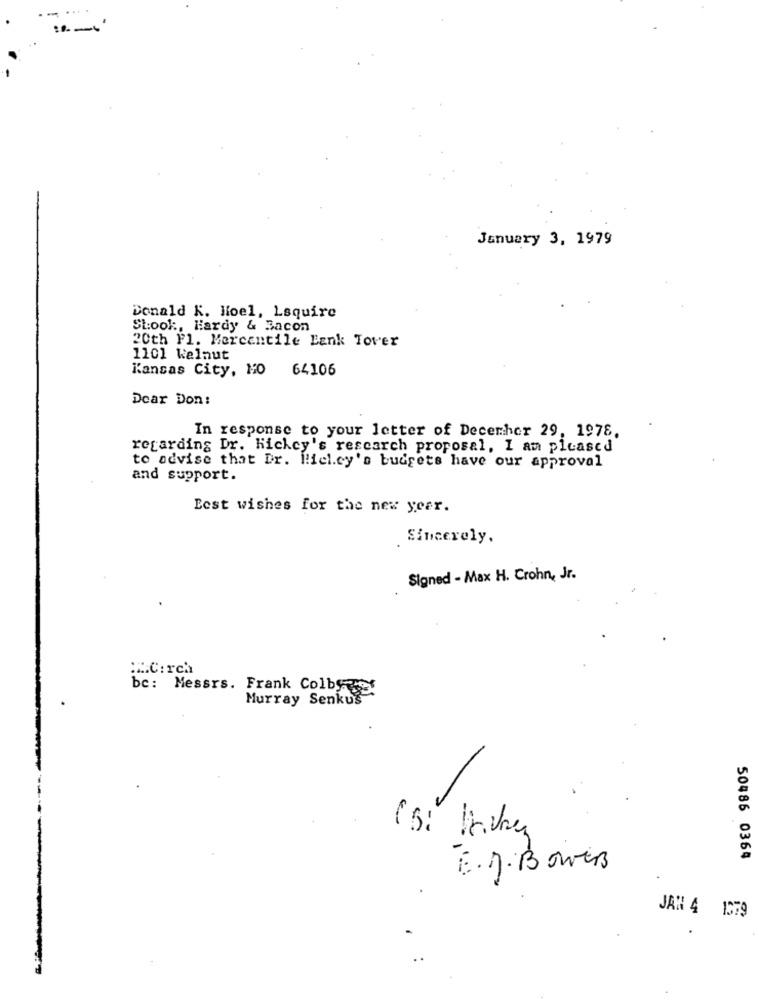
January 3, 1979
Donald K. Noel, Lsquire
SLook, Hardy & Bacon
20th Fl. Mercantile Bank Tover
1101 kelnut
Kansas City, 10
64106
Dear Don:
In response to your letter of December 29, 1978.
regarding Dr. hickey's research proposal, I am pleased
to advise that Dr. Hiel.cy's budgets have our approval
and support.
Best wishes for the new year.
Sincerely.
Signed - Max H. Crohn, Jr.
:CC:rch
be: Messrs. Frank Colby
Murray Senkus
50486 0364
E .J.Bower
JAN 4 1379